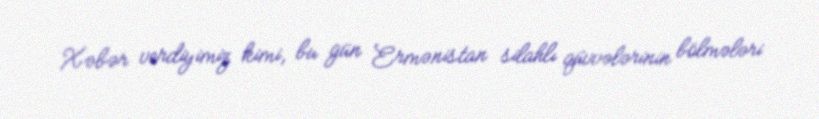
Xəbər verdiyimiz kimi, bu gün Ermənistan silahlı qüvvələrinin bölmələri